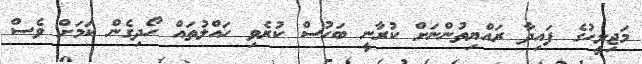
މަޖިލީހުގެ ފައިދާ ރައްޔިތުންނަށް ކުރާނީ ބަހުސް ކުރެވި ހައްލުތައް ހޯދިގެން ކަމަށް ވެސް